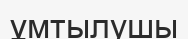
ұмтылушы